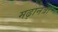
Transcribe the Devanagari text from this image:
मढ़ानत्रा